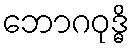
ဘောဂဝုဒ္ဓိ